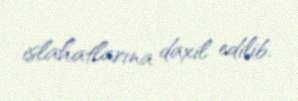
islahatlarına daxil edilib.